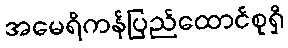
အမေရိကန်ပြည်ထောင်စုရှိ